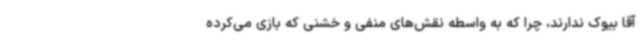
آقا بیوک ندارند، چرا که به واسطه نقش‌های منفی و خشنی که بازی می‌کرده